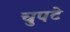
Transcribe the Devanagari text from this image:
चुपटे